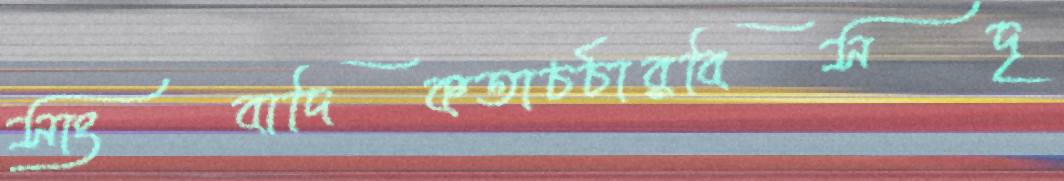
সাংবাদিকতাচর্চারবিসদৃ